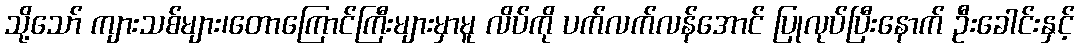
သို့သော် ကျားသစ်များ၊တောကြောင်ကြီးများမှာမူ လိပ်ကို ပက်လက်လန်အောင် ပြုလုပ်ပြီးနောက် ဦးခေါင်းနှင့်